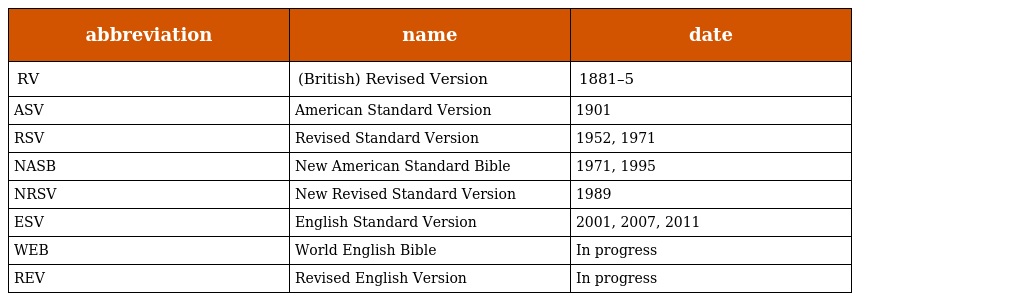
| abbreviation | name | date |
 | --- | --- | --- |
 | RV | (British) Revised Version | 1881–5 |
 | ASV | American Standard Version | 1901 |
 | RSV | Revised Standard Version | 1952, 1971 |
 | NASB | New American Standard Bible | 1971, 1995 |
 | NRSV | New Revised Standard Version | 1989 |
 | ESV | English Standard Version | 2001, 2007, 2011 |
 | WEB | World English Bible | In progress |
 | REV | Revised English Version | In progress |